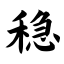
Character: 稳